Vaccination United Provinces of Agra and Oudh 1902-1913 - 1902-1913
Year: 1902
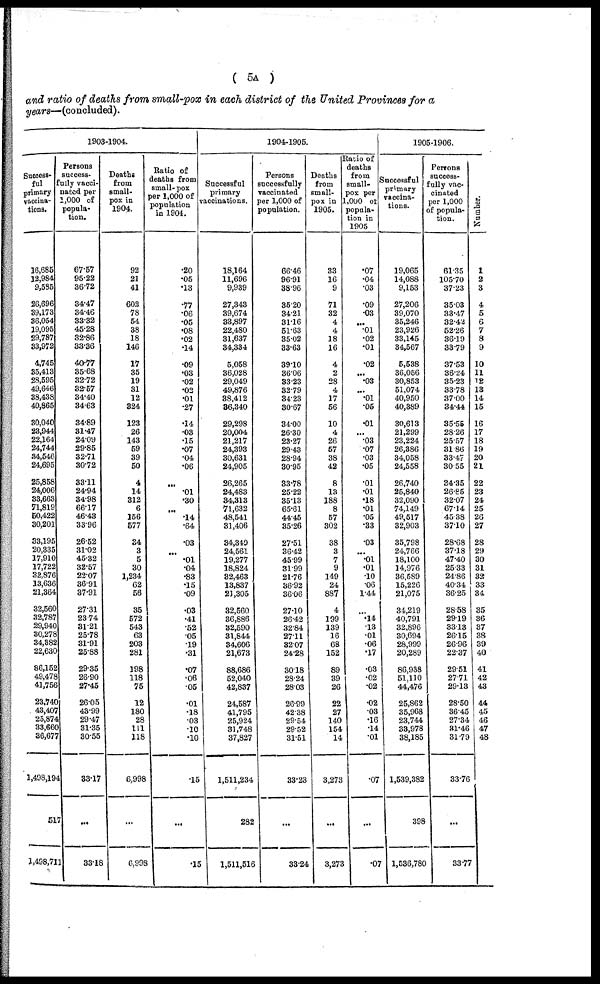
( 5A )
and ratio of deaths from small-pox in each district of the United Provinces for a
years—(concluded).
1903-1904.
Success-
ful
primary
vaccina¬
tions.
16,685
12,984
9,585
26,696
39,173
36,054
19,095
29,787
33,972
4,745
35,413
28,595
49,646
38,438
40,865
30,040
23,944
22,164
24,744
34,546
24,695
25,858
24,006
33,663
71,819
50,422
30,201
33,195
20,335
17,910
17,722
32,876
13,636
21,364
32,560
32,787
29,940
30,278
34,382
22,630
86,152
49,478
41,756
23,740
43,407
25,874
33,660
36,677
1,498,194
517
1,498,711
Persons
success¬
fully vacci-
nated per
1,000 of
popula-
tion.
67.57
95.22
36.72
34.47
34.46
33.32
45.28
32.86
33.36
40.77
35.68
32.72
32.57
34.40
34.63
34.89
31.47
24.09
29.85
32.71
30.72
33.11
24.94
34.98
66.17
46.43
33.96
26.52
31.02
45.32
32.57
22.07
36.91
37.91
27.31
23.74
31.21
25.78
31.91
25.88
29.35
26.90
27.45
26.05
43.99
29.47
31.35
30.55
33.17
...
33.18
Deaths
from
small-
pox in
1904.
92
21
41
602
78
54
38
18
146
17
35
19
31
12
324
123
26
143
59
39
50
4
14
312
6
156
577
34
3
5
30
1,234
62
56
35
572
543
63
203
281
198
118
75
12
180
28
111
118
6,998
...
6,998
Ratio of
deaths from
small-pox
per 1,000 of
population
in 1904.
.20
.05
.13
.77
.06
.05
.08
.02
.14
.09
.03
.02
.02
.01
.27
.14
.03
.15
.07
.04
.06
...
01
.30
...
.14
.64
.03
...
.01
.04
.83
.15
.09
.03
.41
.52
.05
.19
.31
.07
.06
.05
.01
.18
.03
.10
.10
.15
...
.15
1904-1905.
Successful
primary
vaccinations.
18,164
11,696
9,939
27,343
39,674
33,897
22,480
31,637
34,334
5,058
36,028
29,049
49,876
38,412
36,340
29,298
20,004
21,217
24,393
30,631
24,905
26,265
24,483
34,313
71,632
48,541
31,406
34,349
24,561
19,277
18,824
32,463
13,837
21,305
32,560
36,886
32,590
31,844
34,606
21,673
88,686
52,040
42,837
24,587
41,795
25,924
31,748
37,827
1,511,234
282
1,511,516
Persons
successfully
vaccinated
per 1,000 of
population.
66.46
96.91
38.96
35.20
34.21
31.16
51.63
35.02
33.63
39.10
36.06
33.23
32.79
34.23
30.67
34.00
26.30
23.27
29.43
28.94
30.95
33.78
25.22
35.13
65.61
44.45
35.26
27.51
36.42
45.99
31.99
21.76
36.92
36.06
27.10
26.42
32.84
27.11
32.07
24.28
30.18
28.24
28.03
26.99
42.38
29.54
29.52
31.51
33.23
...
33.24
Deaths
from
small-
pox in
1905.
33
16
9
71
32
4
4
18
16
4
2
28
4
17
56
10
4
26
57
38
42
8
13
188
8
57
302
38
3
7
9
149
24
887
4
199
139
16
68
152
89
39
26
22
27
140
154
14
3,273
...
3,273
Ratio of
deaths
from
small¬
pox per
1,000 of
popula-
tion in
1905
.07
.04
.03
.09
.03
...
.01
.02
.01
.02
...
.03
...
.01
.05
.01
...
.03
.07
.03
.05
.01
.01
.18
.01
.05
.33
.03
...
.01
.01
.10
.06
1.44
...
.14
.13
.01
.06
.17
.03
.02
.02
.02
.03
.16
.14
.01
.07
...
.07
1905-1906.
Successful
primary
vaccina-
tions.
19,065
14,088
9,153
27,206
39,070
35,246
23,926
33,145
34,567
5,538
36,056
30,853
51,074
40,950
40,389
30,613
21,299
23,224
26,386
34,058
24,558
26,740
25,840
32,090
74,149
49,517
32,903
35,798
24,766
18,100
14,976
36,589
15,226
21,075
34,219
40,791
32,896
30,694
28,999
20,289
86,938
51,110
44,476
25,862
35,968
23,744
33,978
38,185
1,539,382
398
1,536,780
Persons
success-
fully vac-
cinated
per 1,000
of popula-
tion.
61.35
105.70
37.23
35.03
33.47
32.42
52.26
36.19
33.79
37.53
36.24
35.23
33.78
37.00
34.44
35.55
28.26
25.57
31.86
33.47
30.55
34.35
26.85
32.07
67.14
45.38
37.10
28.68
37.18
47.40
25.33
24.86
40.34
36.25
28.58
29.19
33.13
26.15
26.96
22.37
29.51
27.71
29.13
28.50
36.45
27.34
31.46
31.79
33.76
...
33.77
Number.
1
2
3
4
5
6
7
8
9
10
11
12
13
14
15
16
17
18
19
20
21
22
23
24
25
26
27
28
29
30
31
32
33
34
35
36
37
38
39
40
41
42
43
44
45
46
47
48